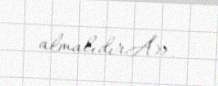
almalıdırÂ».